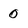
Character: 0